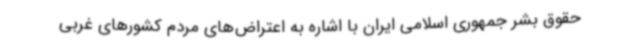
حقوق بشر جمهوری اسلامی ایران با اشاره به اعتراض‌های مردم کشورهای غربی